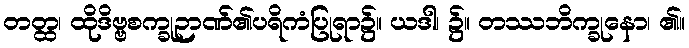
တတ္ထ၊ ထိုဒိဗ္ဗစက္ခုဉာဏ်၏ပရိကံပြုရာ၌။ ယဒါ၊ ၌။ တဿဘိက္ခုနော၊ ၏။